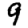
Digit: 9